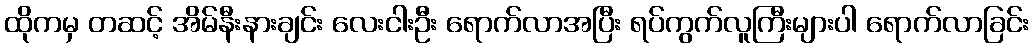
ထိုကမှ တဆင့် အိမ်နီးနားချင်း လေးငါးဦး ရောက်လာအပြီး ရပ်ကွက်လူကြီးများပါ ရောက်လာခြင်း